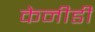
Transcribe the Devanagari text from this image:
केनीडी